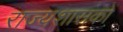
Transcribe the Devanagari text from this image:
राज्यशासकों